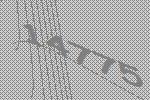
14775